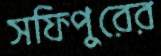
সফিপুরের